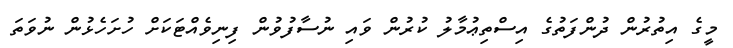
މީގެ އިތުރުން ދުންފަތުގެ އިސްތިޢުމާލު ކުރުން ވައި ނުސާފުވުން ފިނިވެއްޓަކަށް ހުށަހެޅުން ނުވަތަ